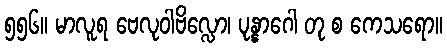
၅၅၆။ မာလူရ ဗေလုဝါဗိလ္လော၊ ပုန္နာဂေါ တု စ ကေသရော။